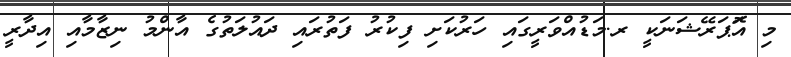
މި އޮަޕަރޭޝަނަކީ ރ.މަޑުއްވަރީގައި ހަރުކަށި ފިކުރު ފަތުރައި ދައުލަތުގެ އާންމު ނިޒާމާއި އިދާރީ